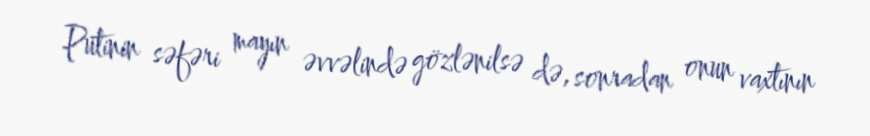
Putinin səfəri mayın əvvəlində gözlənilsə də, sonradan onun vaxtının